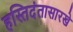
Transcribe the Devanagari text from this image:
हस्तिदंतासारखे